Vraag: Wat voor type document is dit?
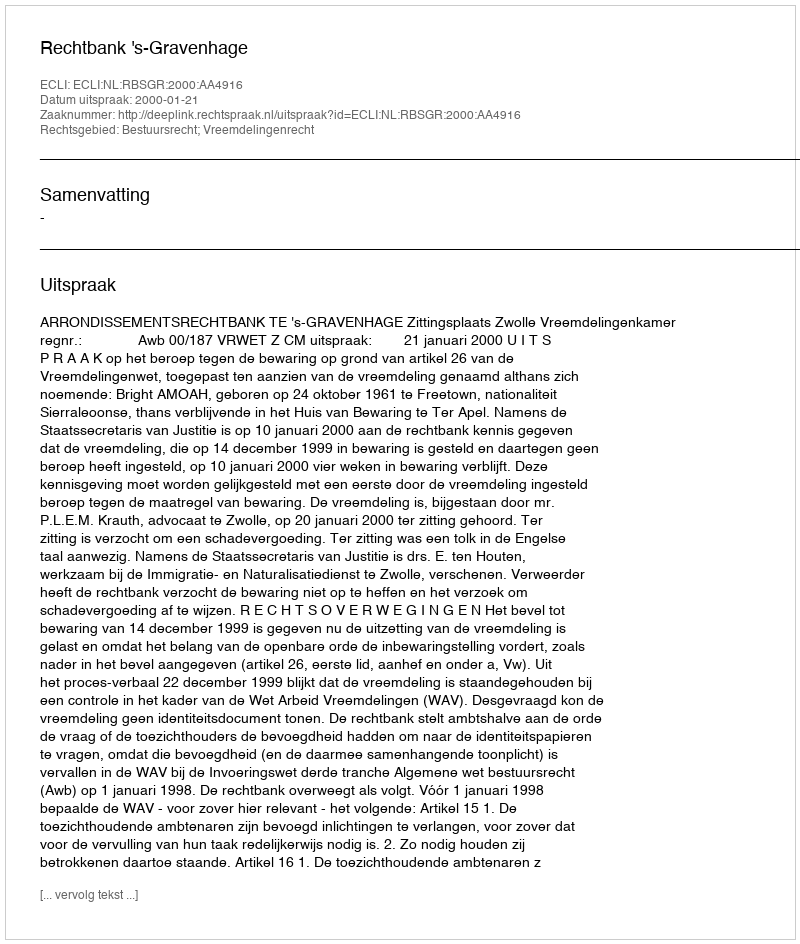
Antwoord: Uitspraak